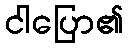
ငါပြော၏